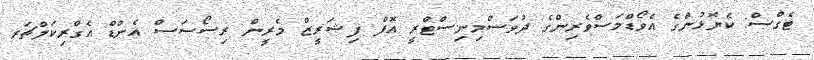
ޓެގްސް: ކެޔޮޅުންގެ އެވޯޑްމަސްވެރިންގެ ދުވަސްމިނިސްޓްރީ އޮފް ފިޝަރީޒް މެރީން ރިސޯސަސް އެންޑް އެގްރިކަލްޗަރ